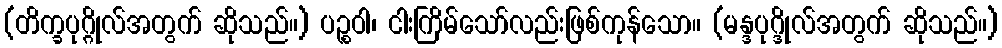
(တိက္ခပုဂ္ဂိုလ်အတွက် ဆိုသည်။) ပဉ္စဝါ၊ ငါးကြိမ်သော်လည်းဖြစ်ကုန်သော။ (မန္ဒပုဂ္ဒိုလ်အတွက် ဆိုသည်။)